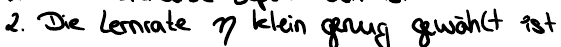
2. Die Lernrate n klein genug gewählt ist